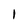
Character: 1